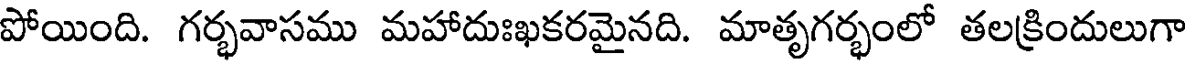
పోయింది. గర్భవాసము మహాదుఃఖకరమైనది. మాతృగర్భంలో తలక్రిందులుగా